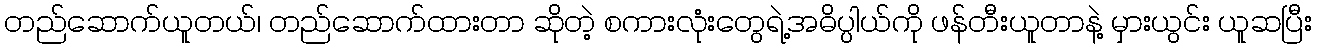
တည်ဆောက်ယူတယ်၊ တည်ဆောက်ထားတာ ဆိုတဲ့ စကားလုံးတွေရဲ့အဓိပ္ပါယ်ကို ဖန်တီးယူတာနဲ့ မှားယွင်း ယူဆပြီး